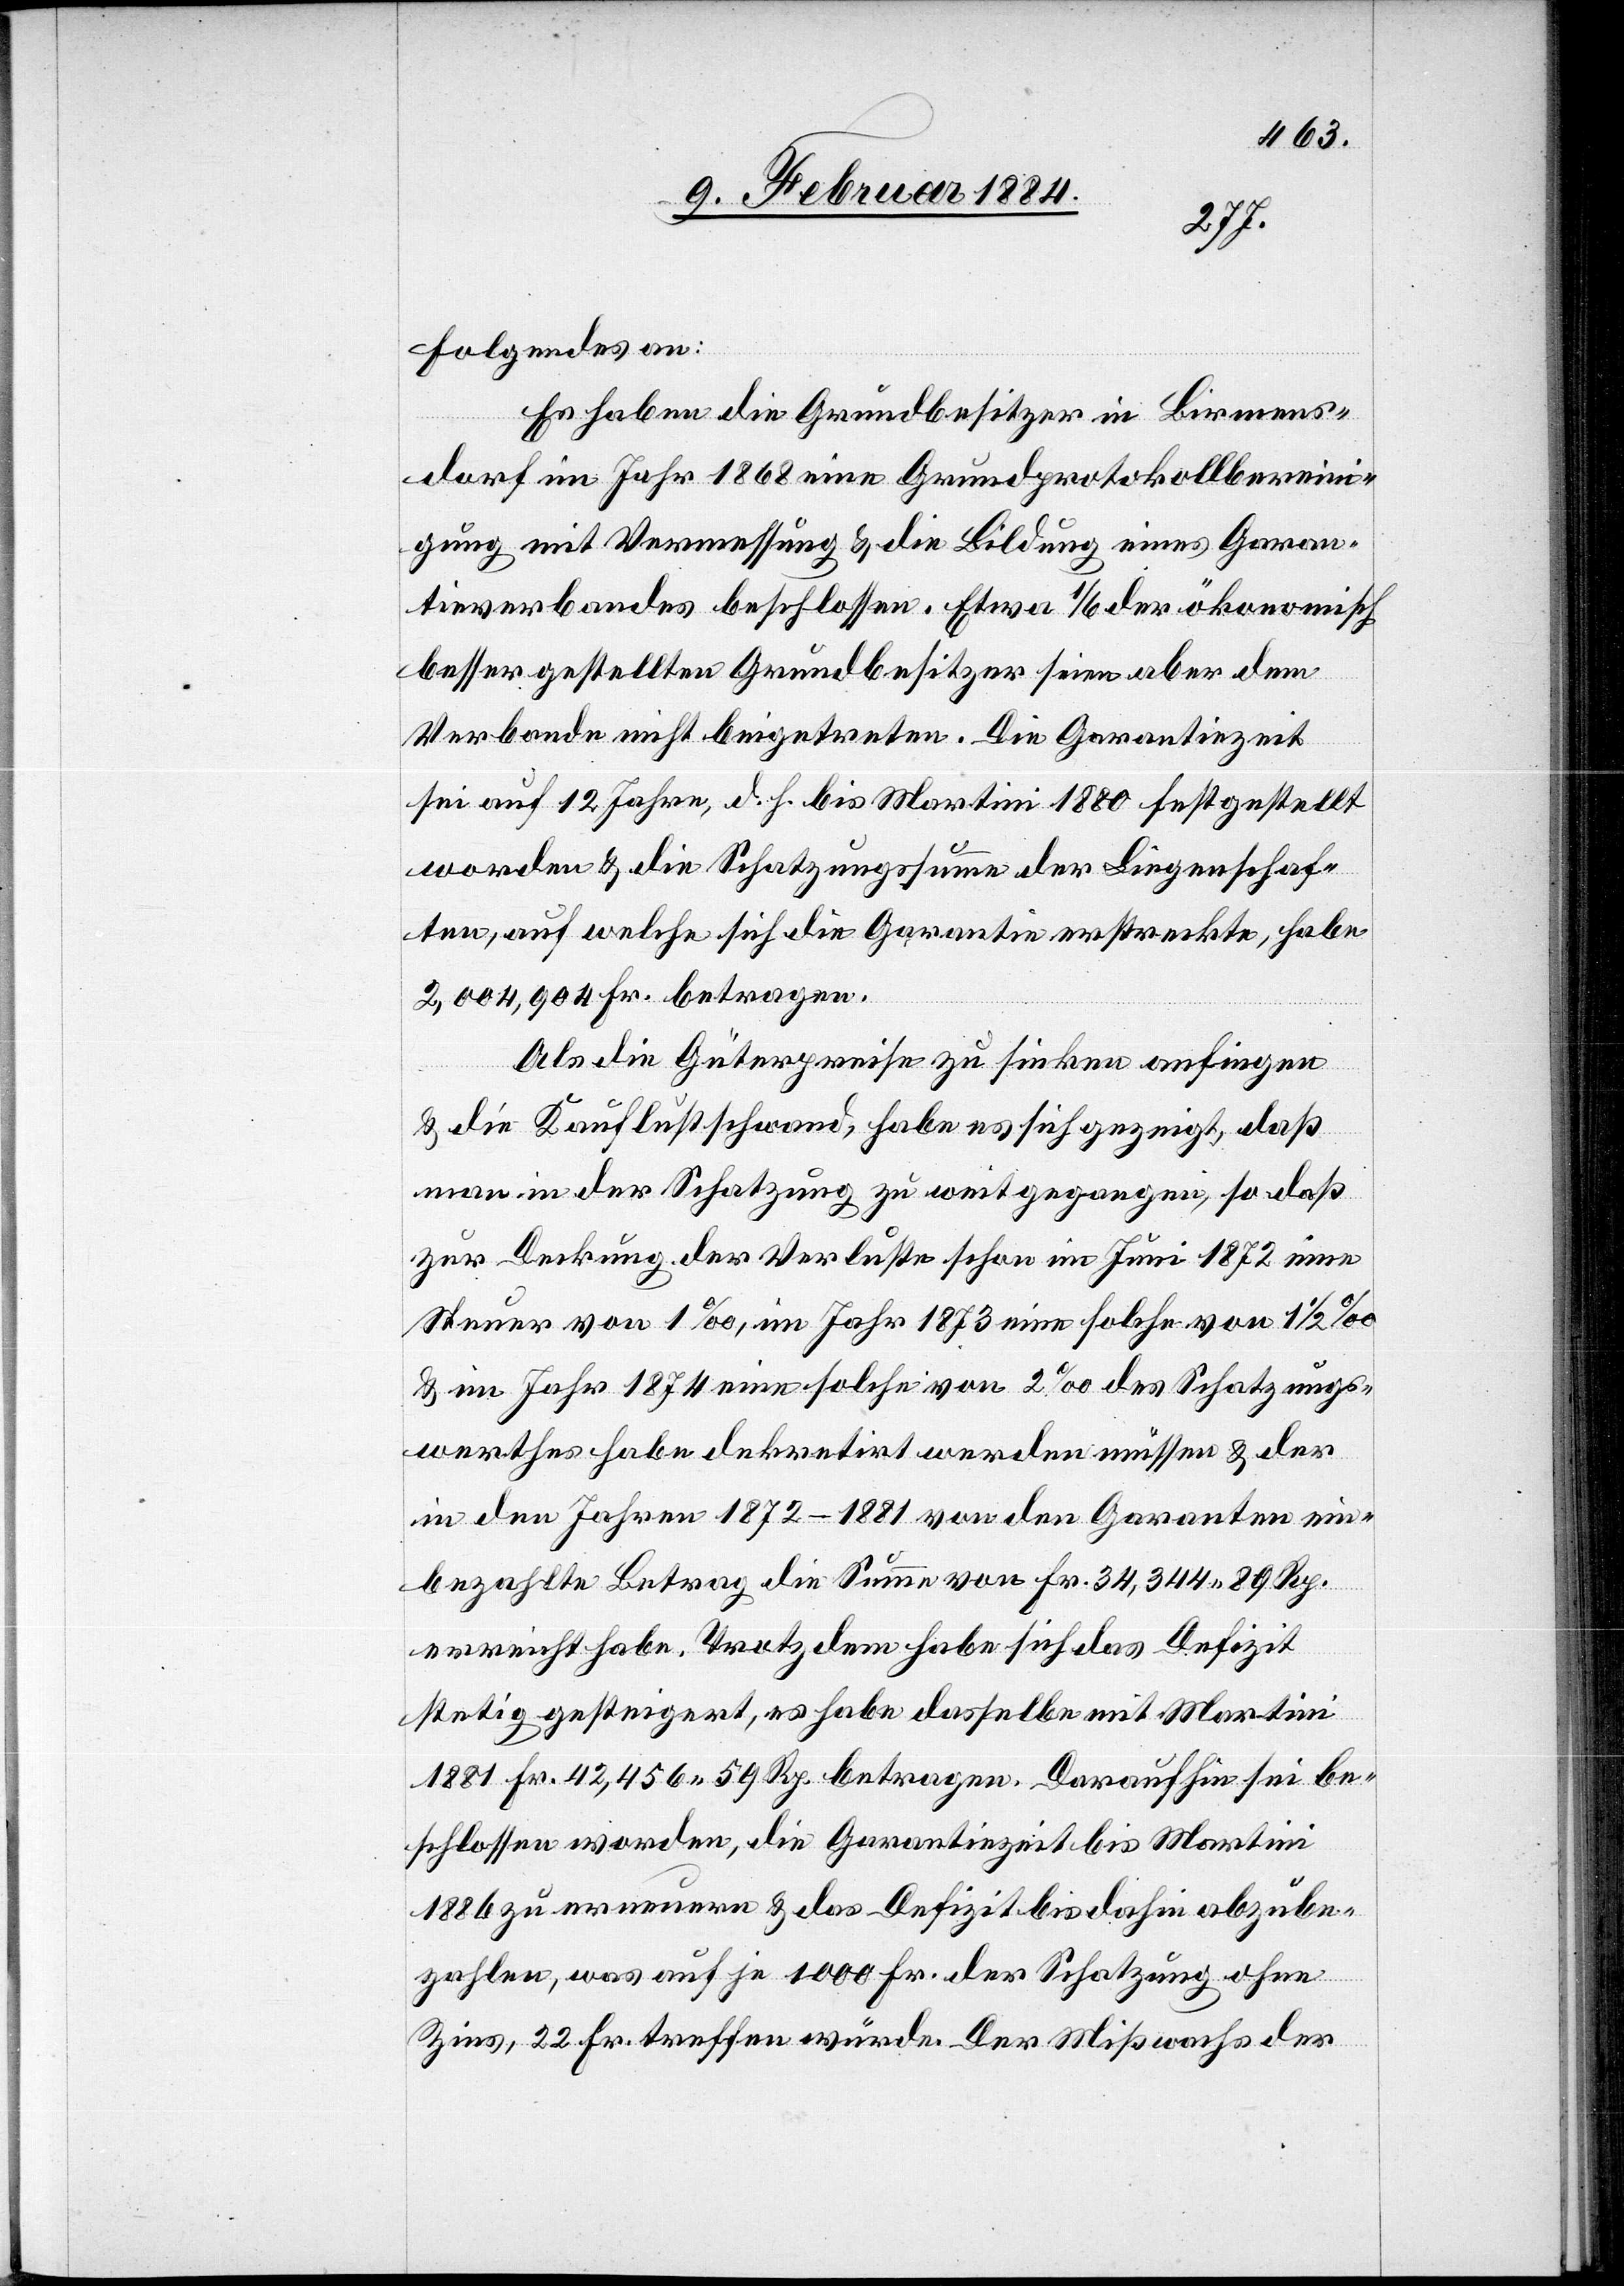
Folgendes an:
Es haben die Grundbesitzer in Birmens¬
dorf im Jahr 1868 eine Grundprotokollbereini¬
gung mit Vermessung & die Bildung eines Garan¬
tieverbandes beschlossen. Etwa 1/6 der ökonomisch
besser gestellten Grundbesitzer seien aber dem
Verbande nicht beigetreten. Die Garantiezeit
sei auf 12 Jahre, d. h. bis Martini 1880 festgestellt
worden & die Schatzungssumme der Liegenschaf¬
ten, auf welche sich die Garantie erstreckte, habe
2,004,904 Fr. betragen.
Als die Güterpreise zu sinken anfingen
& die Kauflust schwand, habe es sich gezeigt, daß
man in der Schatzung zu weit gegangen, so daß
zur Deckung der Verluste schon im Juni 1872 eine
& im Jahr 1874 eine solche von 2‰ des Schatzungs¬
werthes habe dekretirt werden müssen & der
in den Jahren 1872–1881 von den Garanten ein¬
bezahlte Betrag die Summe von Fr. 34,344 89 Rp.
erreicht habe. Trotzdem habe sich das Defizit
stetig gesteigert, es habe dasselbe mit Martini
1881 Fr. 42,456 59 Rp. betragen. Daraufhin sei be¬
schlossen worden, die Garantiezeit bis Martini
1886 zu erneuern & das Defizit bis dahin abzube¬
zahlen, was auf je 1000 Fr. der Schatzung ohne
Zins, 22 Fr. treffen würde. Der Mißwachs der